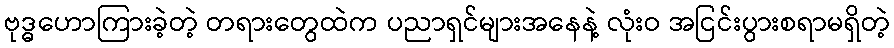
ဗုဒ္ဓဟောကြားခဲ့တဲ့ တရားတွေထဲက ပညာရှင်များအနေနဲ့ လုံးဝ အငြင်းပွားစရာမရှိတဲ့